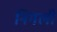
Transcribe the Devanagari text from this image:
निगली